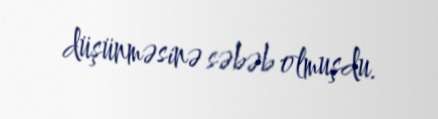
düşünməsinə səbəb olmuşdu.